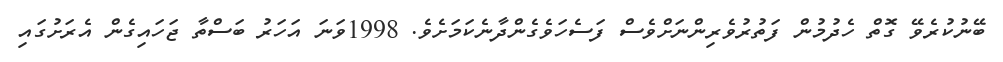
ބޭނުކުރެވޭ ގޮތް ހެދުމުން ފަތުރުވެރިންނަށްވެސް ފަސެހަވެގެންދާނެކަމަށެވެ. 1998ވަނަ އަހަރު ބަސްތާ ޖަހައިގެން އެރަށުގައި